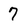
Character: 7